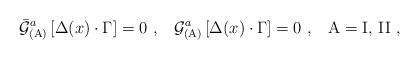
\begin{align*}{\bar{{\cal G}}}_{{\rm (A)}}^a\left[ \Delta (x)\cdot \Gamma \right]=0\,\,,\,\,\,\,\,{\cal G}_{{\rm (A)}}^a\left[ \Delta (x)\cdot \Gamma \right]=0\,\,,\;\;\;{\rm A}= {\rm I},\,{\rm II} \,\,,\end{align*}